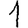
Digit: 1